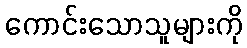
ကောင်းသောသူများကို